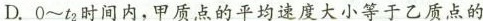
D.0~t_{2}时间内，甲质点的平均速度大小等于乙质点的